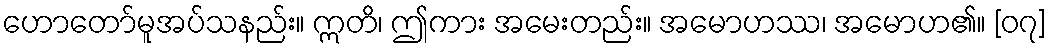
ဟောတော်မူအပ်သနည်း။ ဣတိ၊ ဤကား အမေးတည်း။ အမောဟဿ၊ အမောဟ၏။ [၀၇]